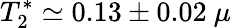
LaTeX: T_{2}^{*}\simeq 0.13\pm 0.02\ \mu